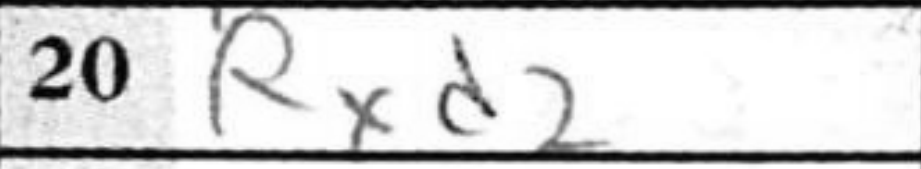
Transcription: Rxd2